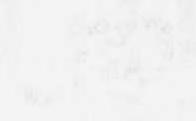
四